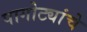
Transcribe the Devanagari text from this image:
पागोट्यांचे